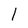
Character: 1